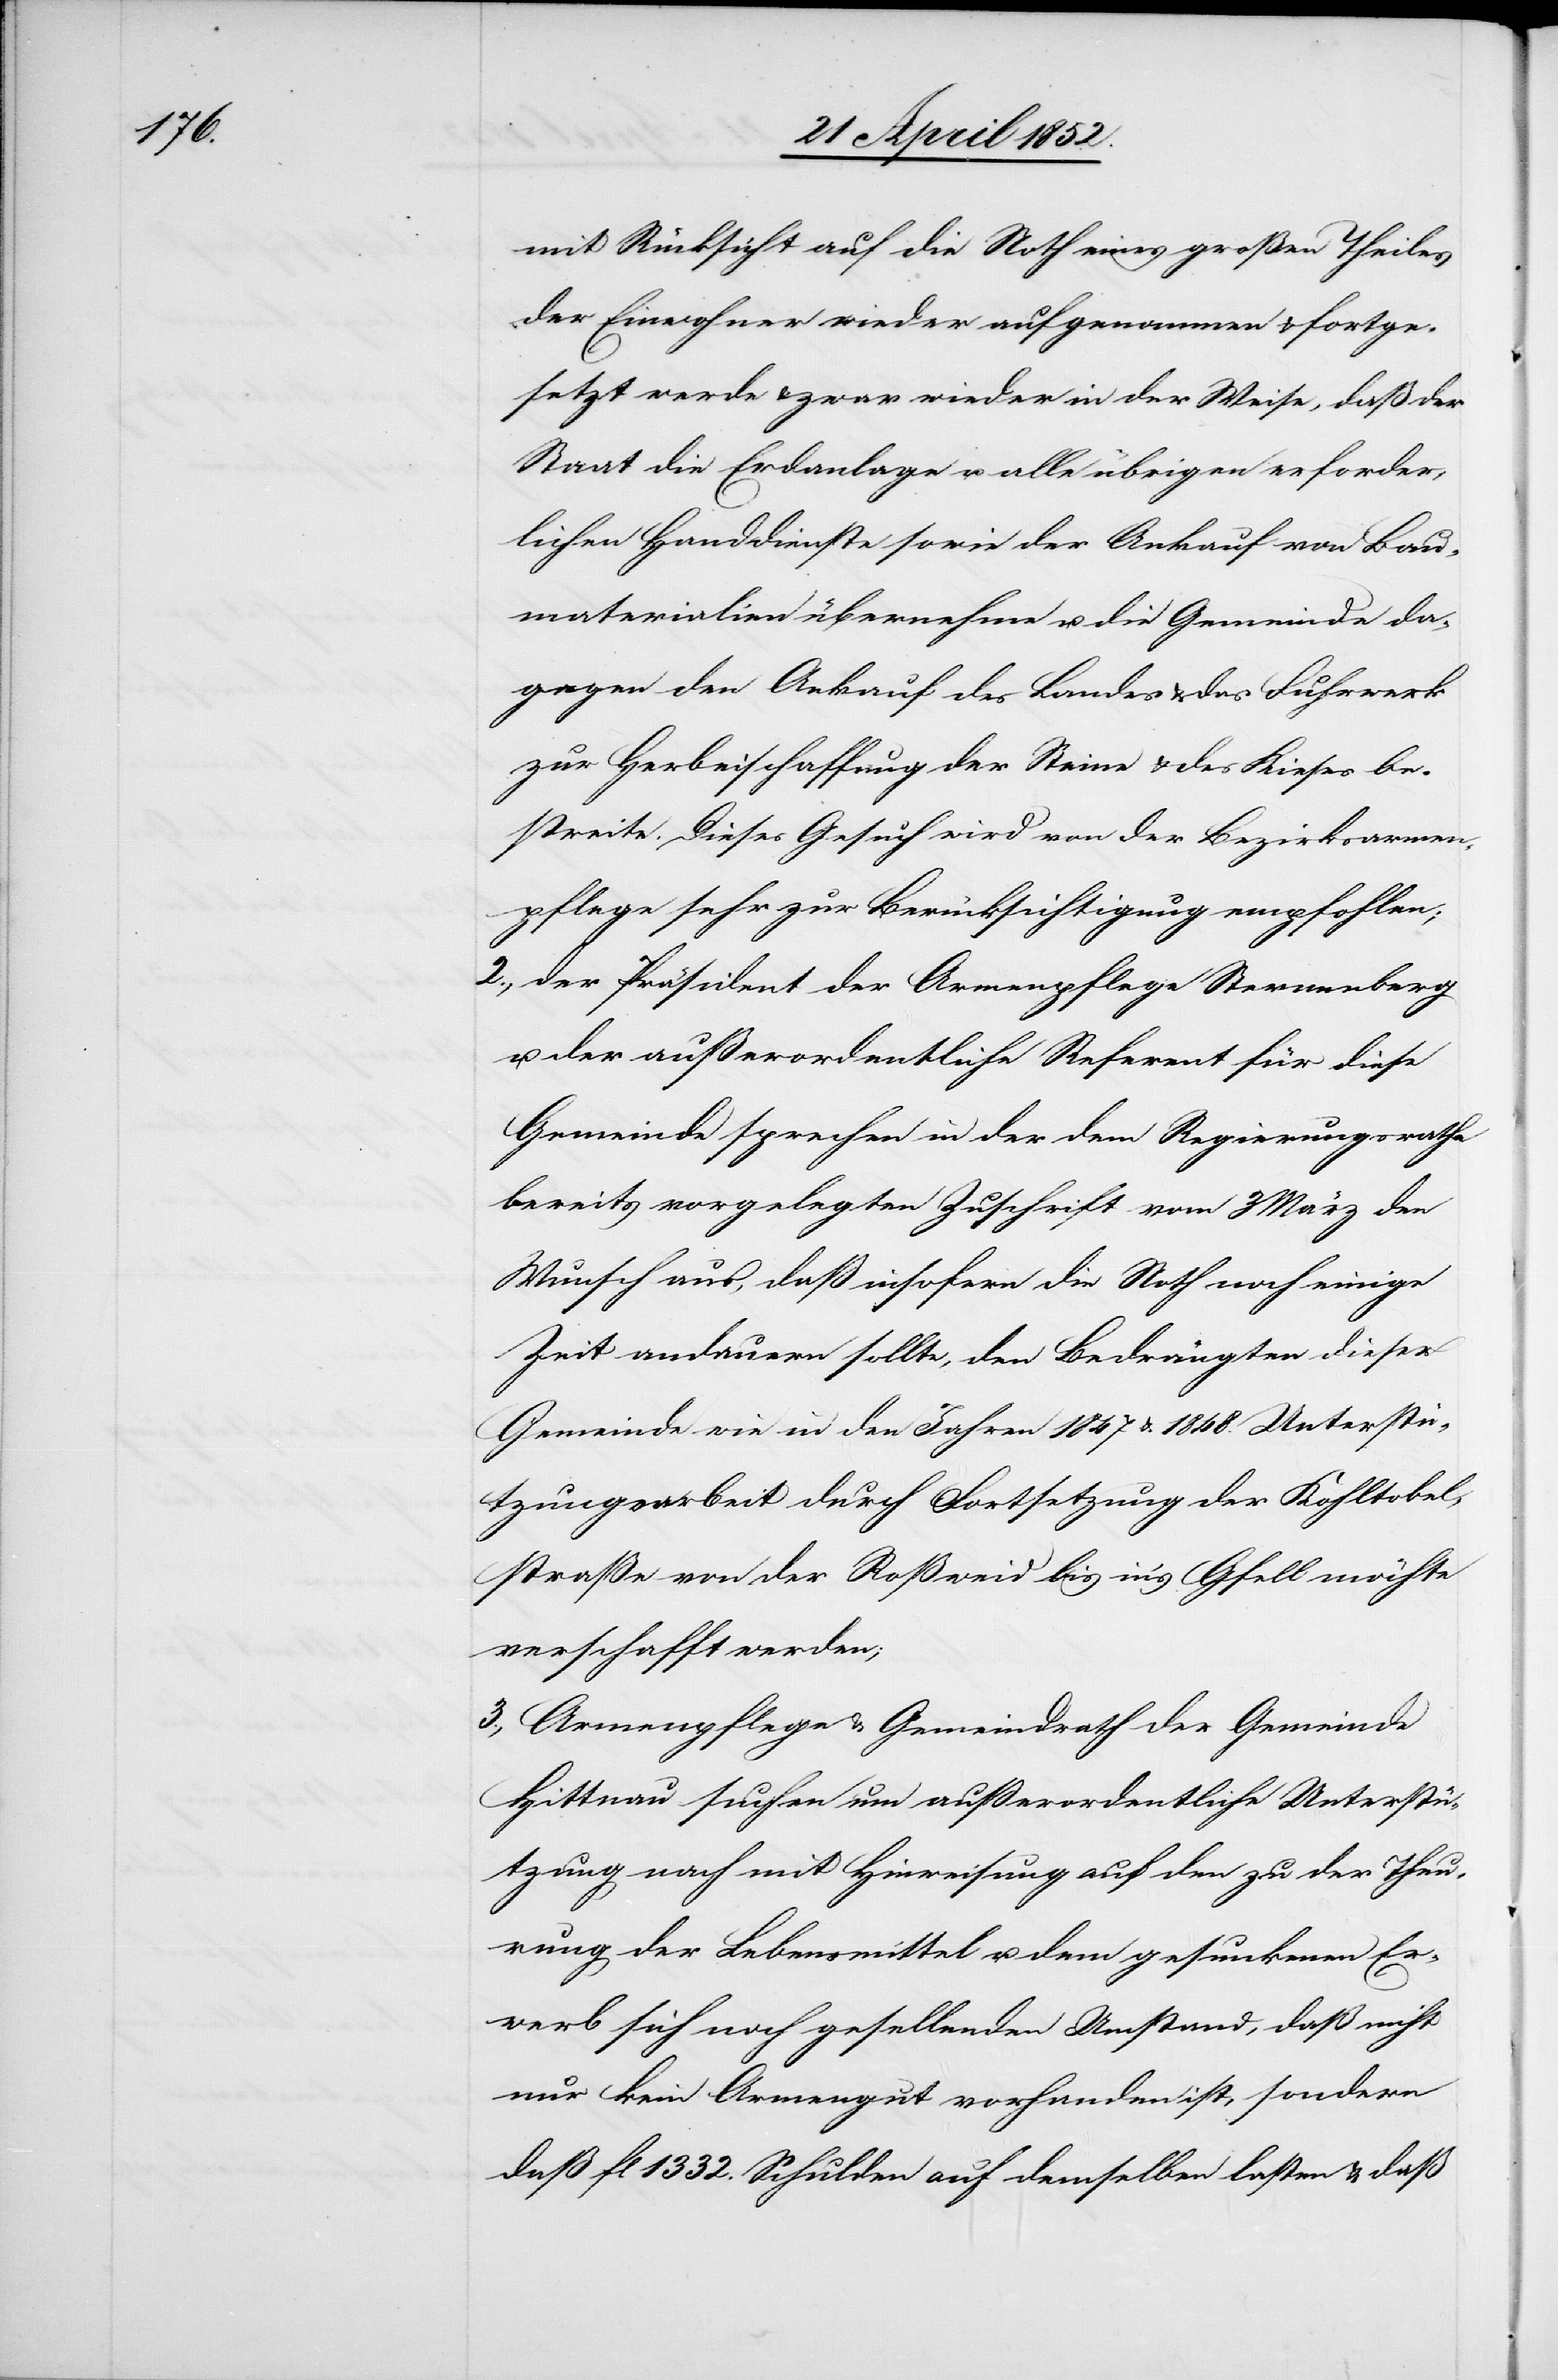
mit Rücksicht auf die Noth eines großen Theiles
der Einwohner wieder aufgenommen & fortge¬
setzt werde & zwar wieder in der Weise, daß der
Staat die Erdanlage u. alle übrigen erforder¬
lichen Handdienste sowie der Ankauf von Bau¬
materialien übernehme u. die Gemeinde da¬
gegen den Ankauf des Landes & das Fuhrwerk
zur Herbeischaffung der Steine & des Kieses be¬
streite. Dieses Gesuch wird von der Bezirksarmen¬
pflege sehr zur Berücksichtigung empfohlen;
2., der Präsident der Armenpflege Sternenberg
u. der außerordentliche Referent für diese
Gemeinde sprechen in der dem Regierungsrathe
bereits vorgelegten Zuschrift vom 3 März den
Wunsch aus, daß insofern die Noth noch einige
Zeit andauern sollte, den Bedrängten dieser
Gemeinde wie in den Jahren 1847 & 1848. Unterstü¬
tzungsarbeit durch Fortsetzung der Kohltobel¬
straße von der Roßweid bis in’s Gfell möchte
verschafft werden;
3., Armenpflege & Gemeindrath der Gemeinde
Hittnau suchen um außerordentliche Unterstü¬
tzung nach mit Hinweisung auf den zu der Theu¬
rung der Lebensmittel u. dem gesunkenen Er¬
werb sich noch gesellenden Umstand, daß nicht
nur kein Armengut vorhanden ist, sondern
daß fl 1332. Schulden auf demselben lasten & daß